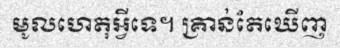
មូលហេតុអ្វីទេ។ គ្រាន់តែឃើញ